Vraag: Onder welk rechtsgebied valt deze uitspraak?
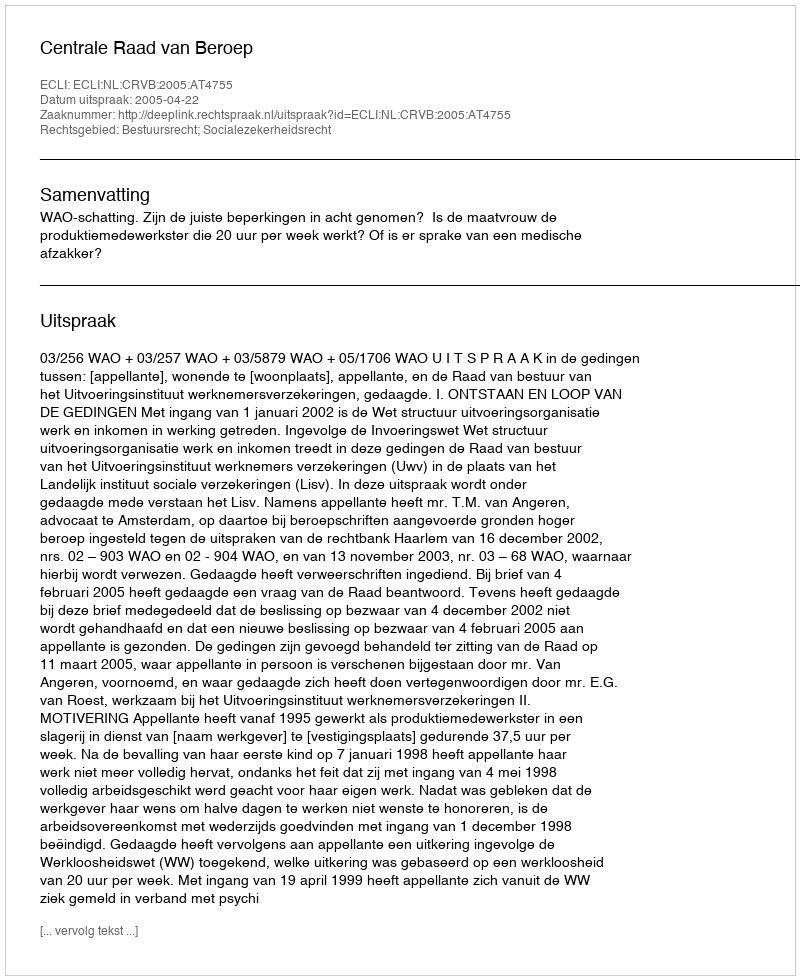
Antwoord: Bestuursrecht; Socialezekerheidsrecht